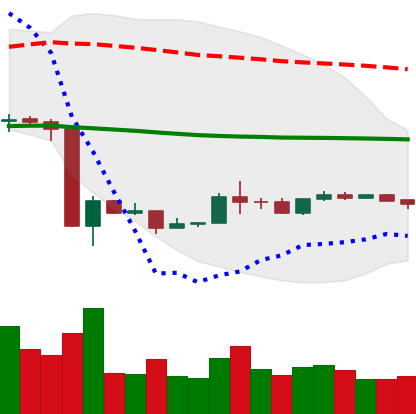
Ticker: ETH-USD
Chart end date: 2020-03-28
Forward return: 8.43%
Label: up_7plus